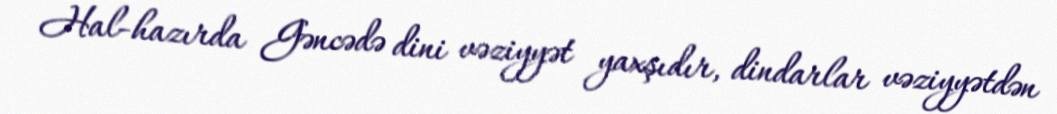
- Hal-hazırda Gəncədə dini vəziyyət yaxşıdır, dindarlar vəziyyətdən